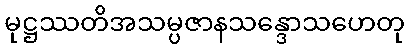
မုဋ္ဌဿတိအသမ္ပဇာနသန္ဒောသဟေတု